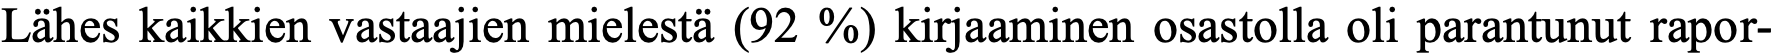
Lähes kaikkien vastaajien mielestä (92 %) kirjaaminen osastolla oli parantunut rapor-